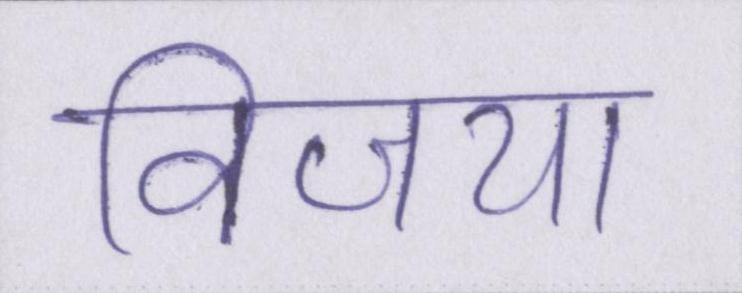
विजया